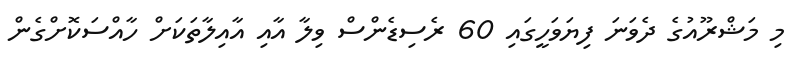
މި މަޝްރޫއުގެ ދެވަނަ ފިޔަވަހީގައި 60 ރެސިޑެންސް ވިލާ އާއި އާއިލާތަކަށް ހާއްސަކޮށްގެން